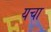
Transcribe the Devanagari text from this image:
यचा